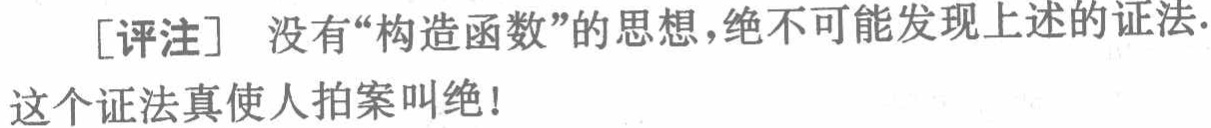
[评注] 没有“构造函数”的思想，绝不可能发现上述的证法.

这个证法真使人拍案叫绝！